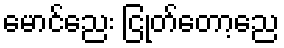
မောင်ညေး ငြုတ်တော့ညေ